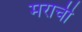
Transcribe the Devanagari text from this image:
मराची